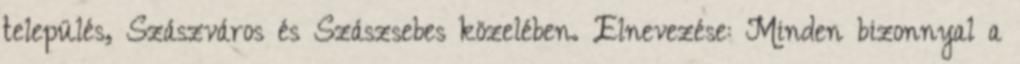
település, Szászváros és Szászsebes közelében. Elnevezése: Minden bizonnyal a